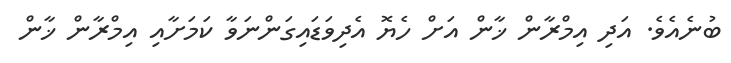
ބުނެއެވެ. އަދި އިމްރާން ޚާން އަށް ހެޔޮ އެދިވަޑައިގަންނަވާ ކަމަށާއި އިމްރާން ޚާން